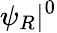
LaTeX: \psi_{R}|^{0}